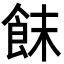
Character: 䬴